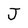
Character: J